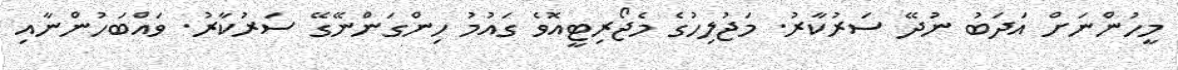
މީހުންނަށް އަދަބު ނުދޭ ސަރުކާރު. މަޖުލިހުގެ މެޖޯރިޓީއޮވެ ގައުމު ހިންގަންނޭގޭ ސަރުކާރު. ވައްބަހުންނާއި